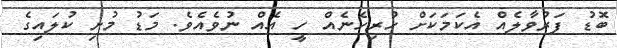
ބޮޑު ފަރުވާލެއް އެކަމަކަށް ހުރިހެނެއް ހީ އެއް ނުވެއެވެ. މަޑު މުށި ކުލައިގެ